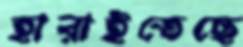
হারাইতেছে